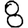
Digit: 8